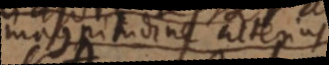
magnitudine alterius